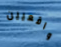
واقعيين